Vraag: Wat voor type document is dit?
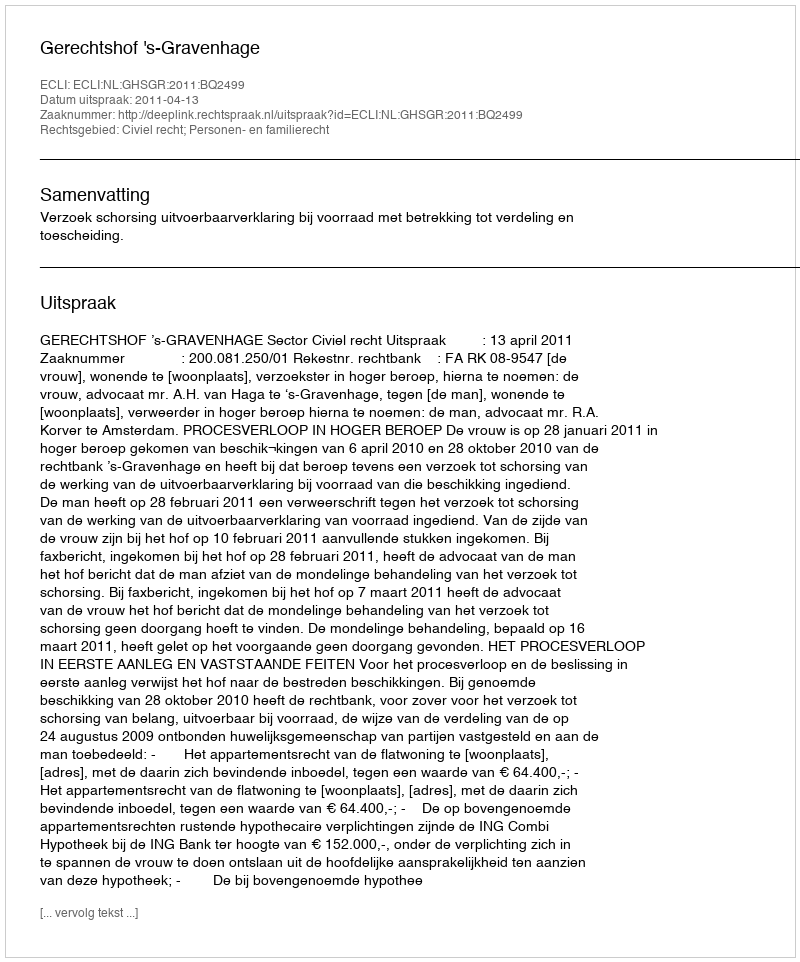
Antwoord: Uitspraak